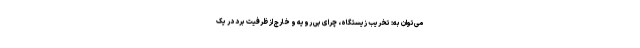
می‌توان به: تخریب زیستگاه، چرای بی رویه و خارج از ظرفیت برد در یک